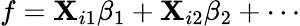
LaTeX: f=\mathbf{X}_{i1}\beta_{1}+\mathbf{X}_{i2}\beta_{2}+\cdots